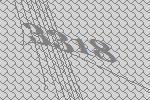
3318